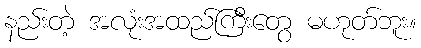
နည်းတဲ့ အလုံးအထည်ကြီးတွေ မဟုတ်ဘူး။